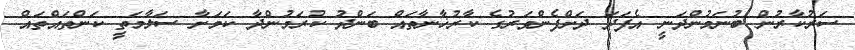
ސަރުކާރުން ބުނަމުންދަނީ އެފަދަ ދަށްފެންވަރުގެ ކާރުޚާނާތައް ބަންދު ކުރަމުންދާ ކަމަށާ ސަލާމަތީ ކަންތައްތައް